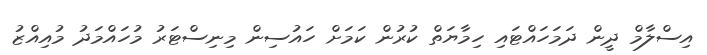
އިސްލާމް ދީން ދަމަހައްޓައި ހިމާޔަތް ކުރުން ކަމަށް ހައުސިން މިނިސްޓަރު މުހައްމަދު މުއިއްޒު